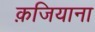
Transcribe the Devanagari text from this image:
क़जियाना